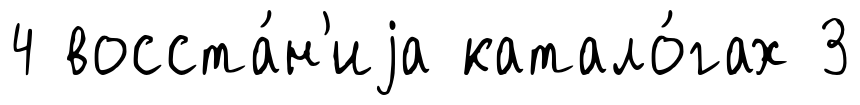
4 восста́н'иjа катало́гах 3